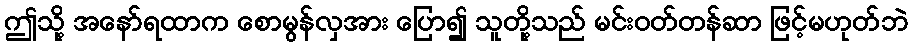
ဤသို့ အနော်ရထာက စောမွန်လှအား ပြော၍ သူတို့သည် မင်းဝတ်တန်ဆာ ဖြင့်မဟုတ်ဘဲ